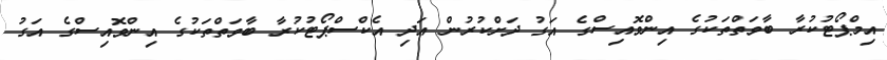
އިމްޕޯޓުކުރާ ބާވަތްތަކުގެ އިންވޮއިސްގެ އަގު ދަށްކުރުން އަދި އެކްސްޕޯޓުކުރާ ބާވަތްތަކުގެ އިންވޮއިސްގެ އަގު